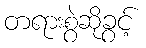
တရားစွဲဆိုခွင့်